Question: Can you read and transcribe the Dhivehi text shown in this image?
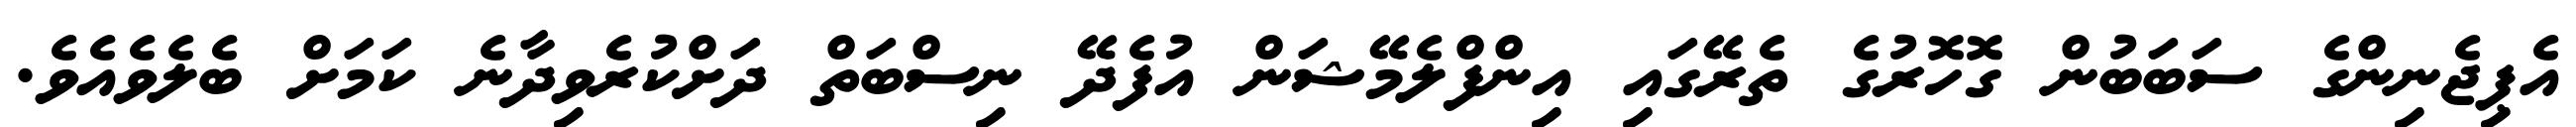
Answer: އެޕިޖެނިންގެ ސަބަބުން ގޮހޮރުގެ ތެރޭގައި އިންފްލެމޭޝަން އުފެދޭ ނިސްބަތް ދަށްކުރެވިދާނެ ކަމަށް ބެލެވެއެވެ.